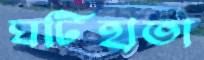
ঘটিহাতা